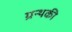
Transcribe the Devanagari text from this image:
ग्रन्थकी